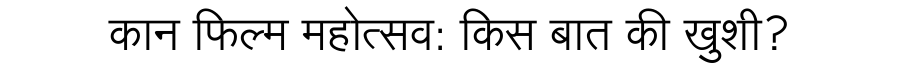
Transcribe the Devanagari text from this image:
कान फिल्म महोत्सव: किस बात की खुशी?